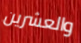
والعشرين